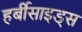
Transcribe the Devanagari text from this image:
हर्बीसाइड्स